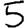
Digit: 5